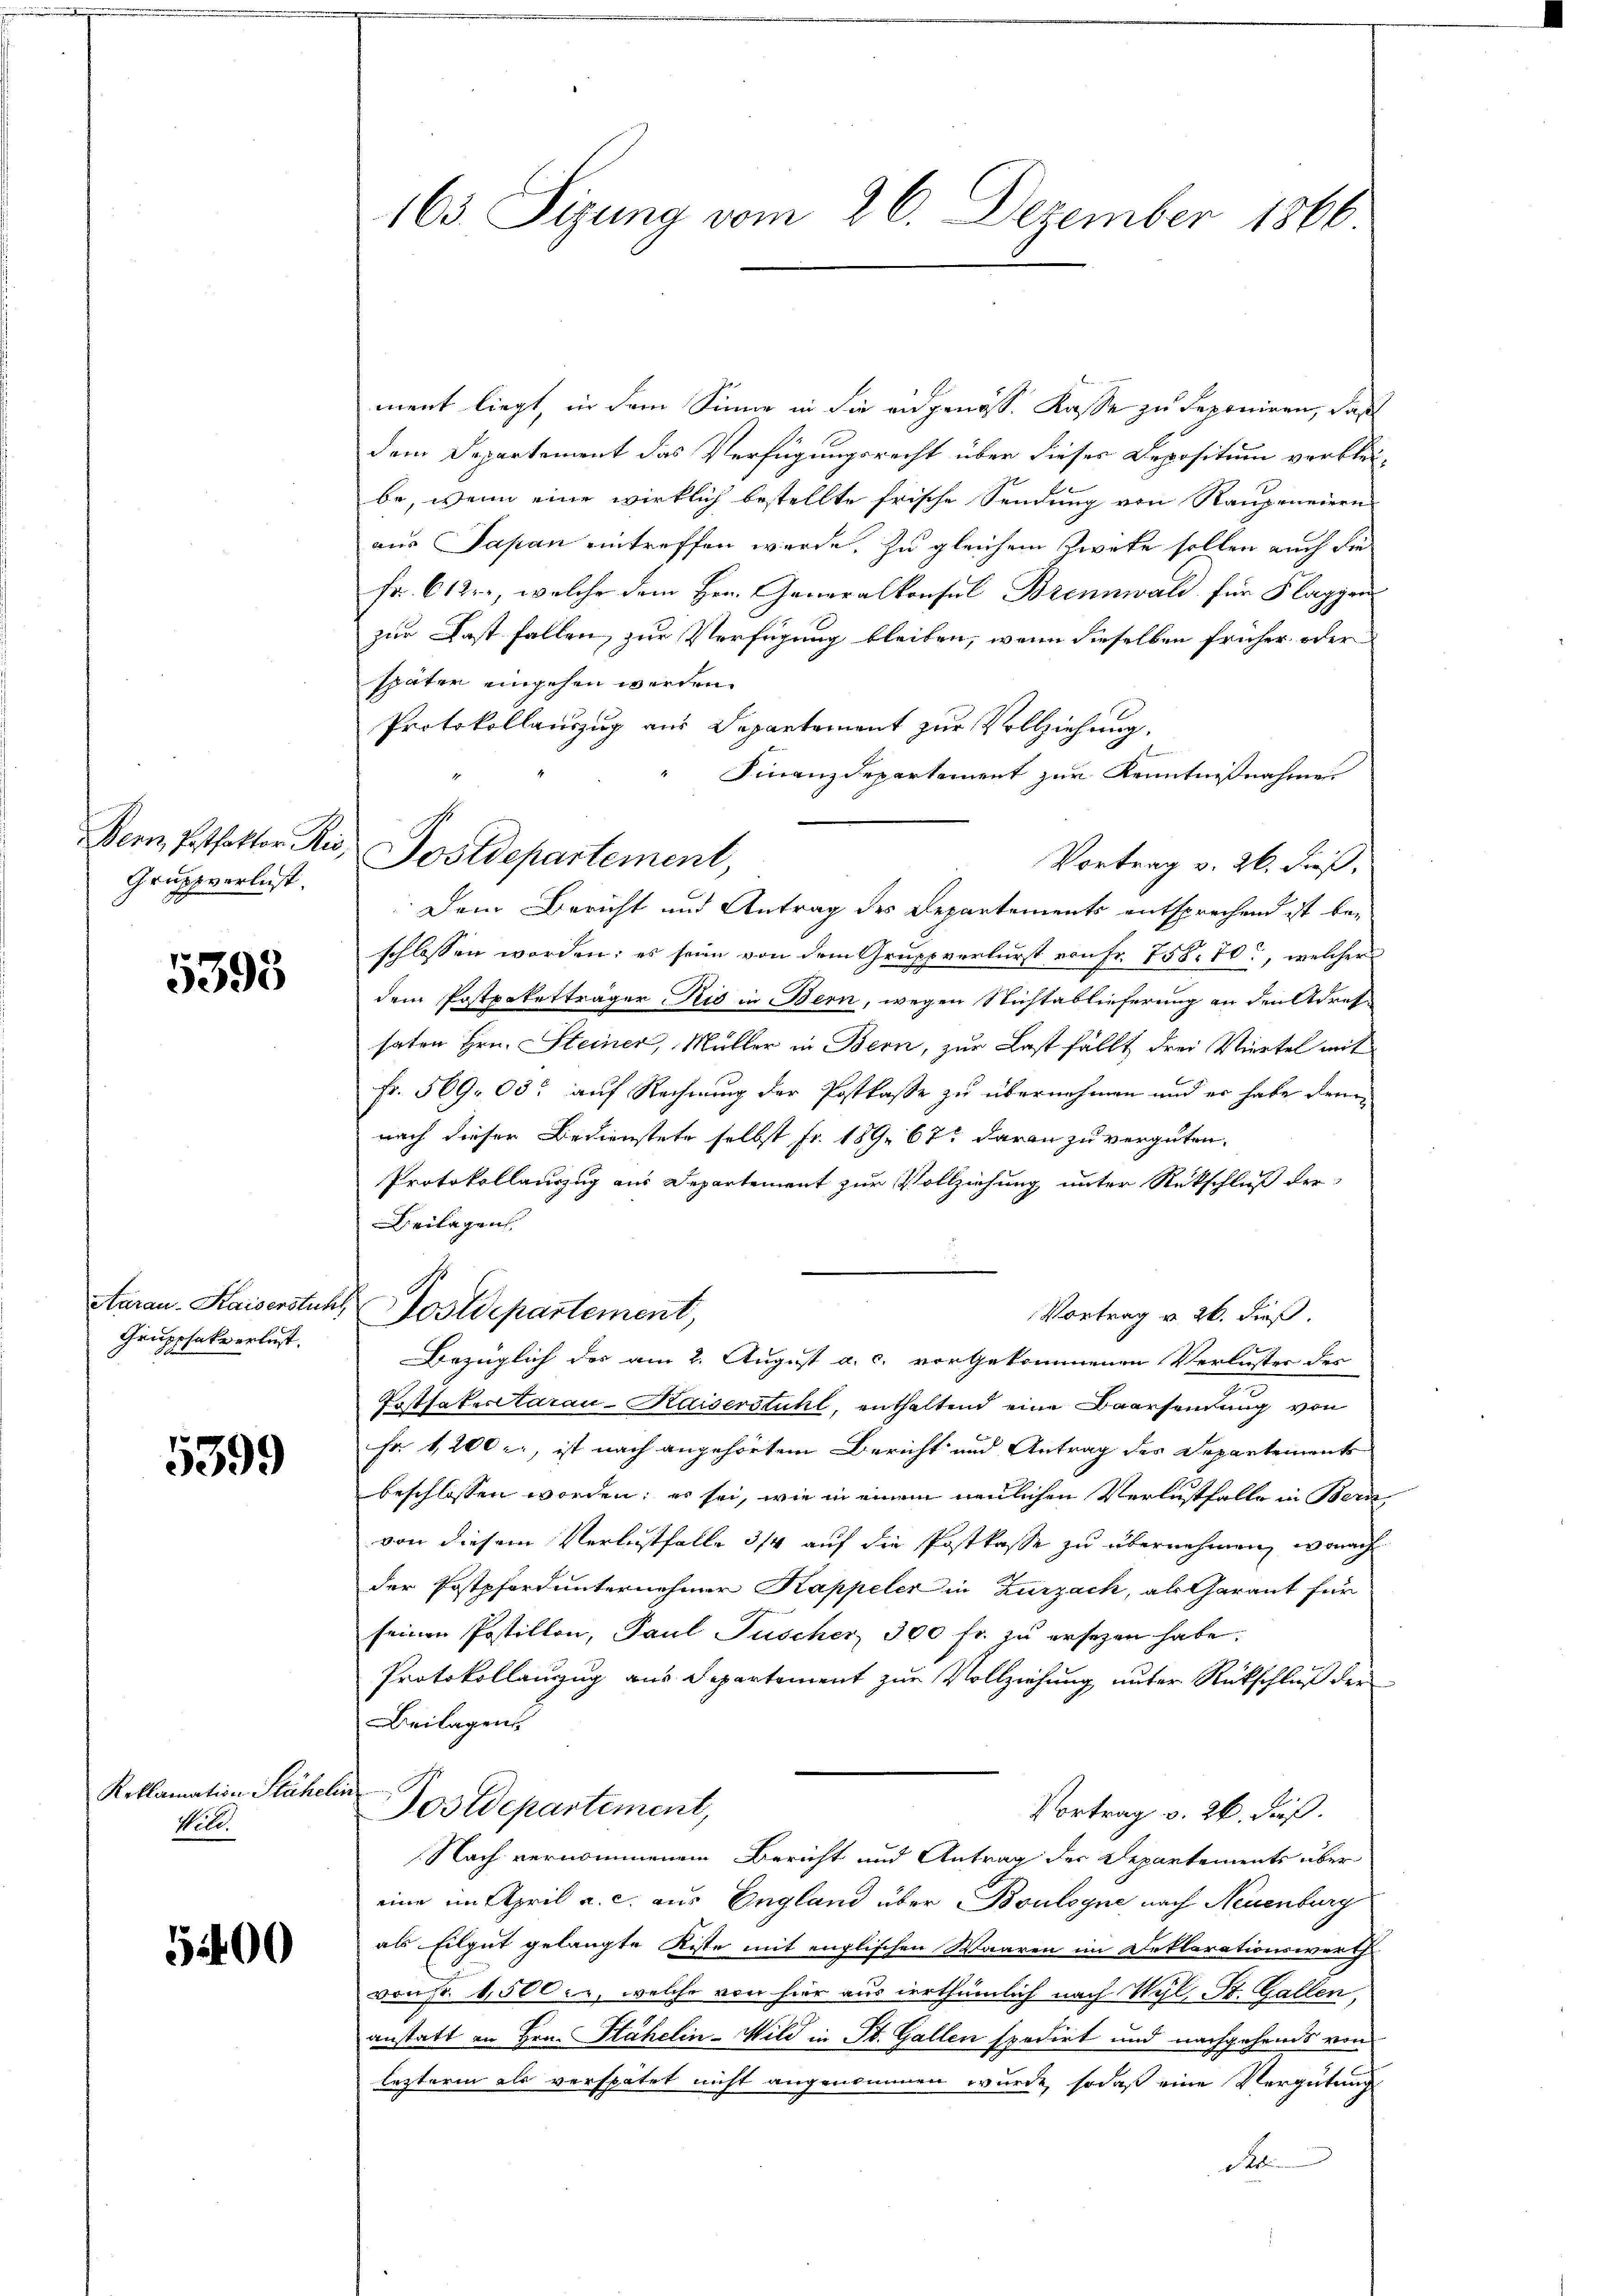
Bern, Postfaktor Ris,
Gruppverlust.

5393

Aarau-Kaiserstuh
Gruppsakt erlast.

5399

Roklamation Stäheli
No. 2.

5400

163. Sizung vom 26. Dezember 1866

ment liegt, in dem Sinne in die angenoss. Kasse zu deponiren, daß
dem Departement das Verfügungsrecht über dieses Depositum verblei-
be, wenn eine wirklich bestellte frische Sendung von Raupeneiern
aus Sapan eintreffen werde. Zu gleichem Zweke sollen auch die
Fr. 6 12, welche dem Hrn. Generalkonsul Brennwald für Flaggen
zur Fast fallen, zur Verfügung bleiben, wenn dieselben früher oder
später eingehen werden.
Protokollauszug aus Departement zur Vollziehung.
Finanzdepartement zur Kenntnißnahmen
Vortrag v. 26. dieß,
Dem Bericht und Antrag des Departements entsprechend ist beschlossen worden; es seien von dem Gruppverlurst von Fr. 758. 70, welcher
dem Postpoketträger Kis in Bern, wegen Nichtablieferung an den Strafe
haten Hrn. Steiner, Müller in Bern, zur Last fällt drei Viertel mit
Fr. 569, 00. auf Rechnung der Postkasse zu übernehmen und er habe dann
nach dieser Bedienstete selbst Fr. 189. 67 daran zu vergüten.
Protokollauszug aus Departement zur Vollziehung unter Rückschluß der
Beilagen
Postdepartement,
Vortrag u. 26. dieß.
Bezüglich des am 2. August a. c. vorgekommenen Verluster des
Testateritarau - Kaiserstuhl, enthaltend eine Baarsendung von
Fr. 1200 l., ist nach angehörtem Bericht und Antrag des Departements
beschlossen worden; es sei, wie in einem neulichen Verlustfalle in Bern,
von diesem Verlustfalle 3/4 auf die Postkasse zu übernehmen, wonach
der Postpferd unternehmer Kappeler in Zurzach, als Garant für
seinen Postillon, Paul Puscher, 300 fr. zu ersezen habe;
Protokollanzug aus Departement zur Vollziehung unter Rückschluß der
Beilagen
Postdepartement,
Vortrag v. 26. Fuß.
Nach vernommenem Bericht und Antrag der Departements über
eine im April a. c. aus England über Boulogne nach Neuenburg
als Eilgut gelangte Kiste mit englischen Waaren im Deklarationswerth
vonFr. 1,500 er, welche von hier aus irrthümlich nach Wyl, St. Gallen,
anstatt an Hrn. Stähelin - Wild in St. Gallen spedirt und nachgehends von
lezterm als verspätet nicht angenommen wurde, so daß eine Vergütung
Se

Postdepartement,